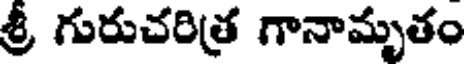
శ్రీ గురుచరిత్ర గానామృతం